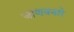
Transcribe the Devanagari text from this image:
जाणवनारे